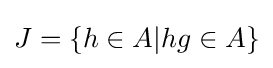
J=\{h\in A|hg\in A\}